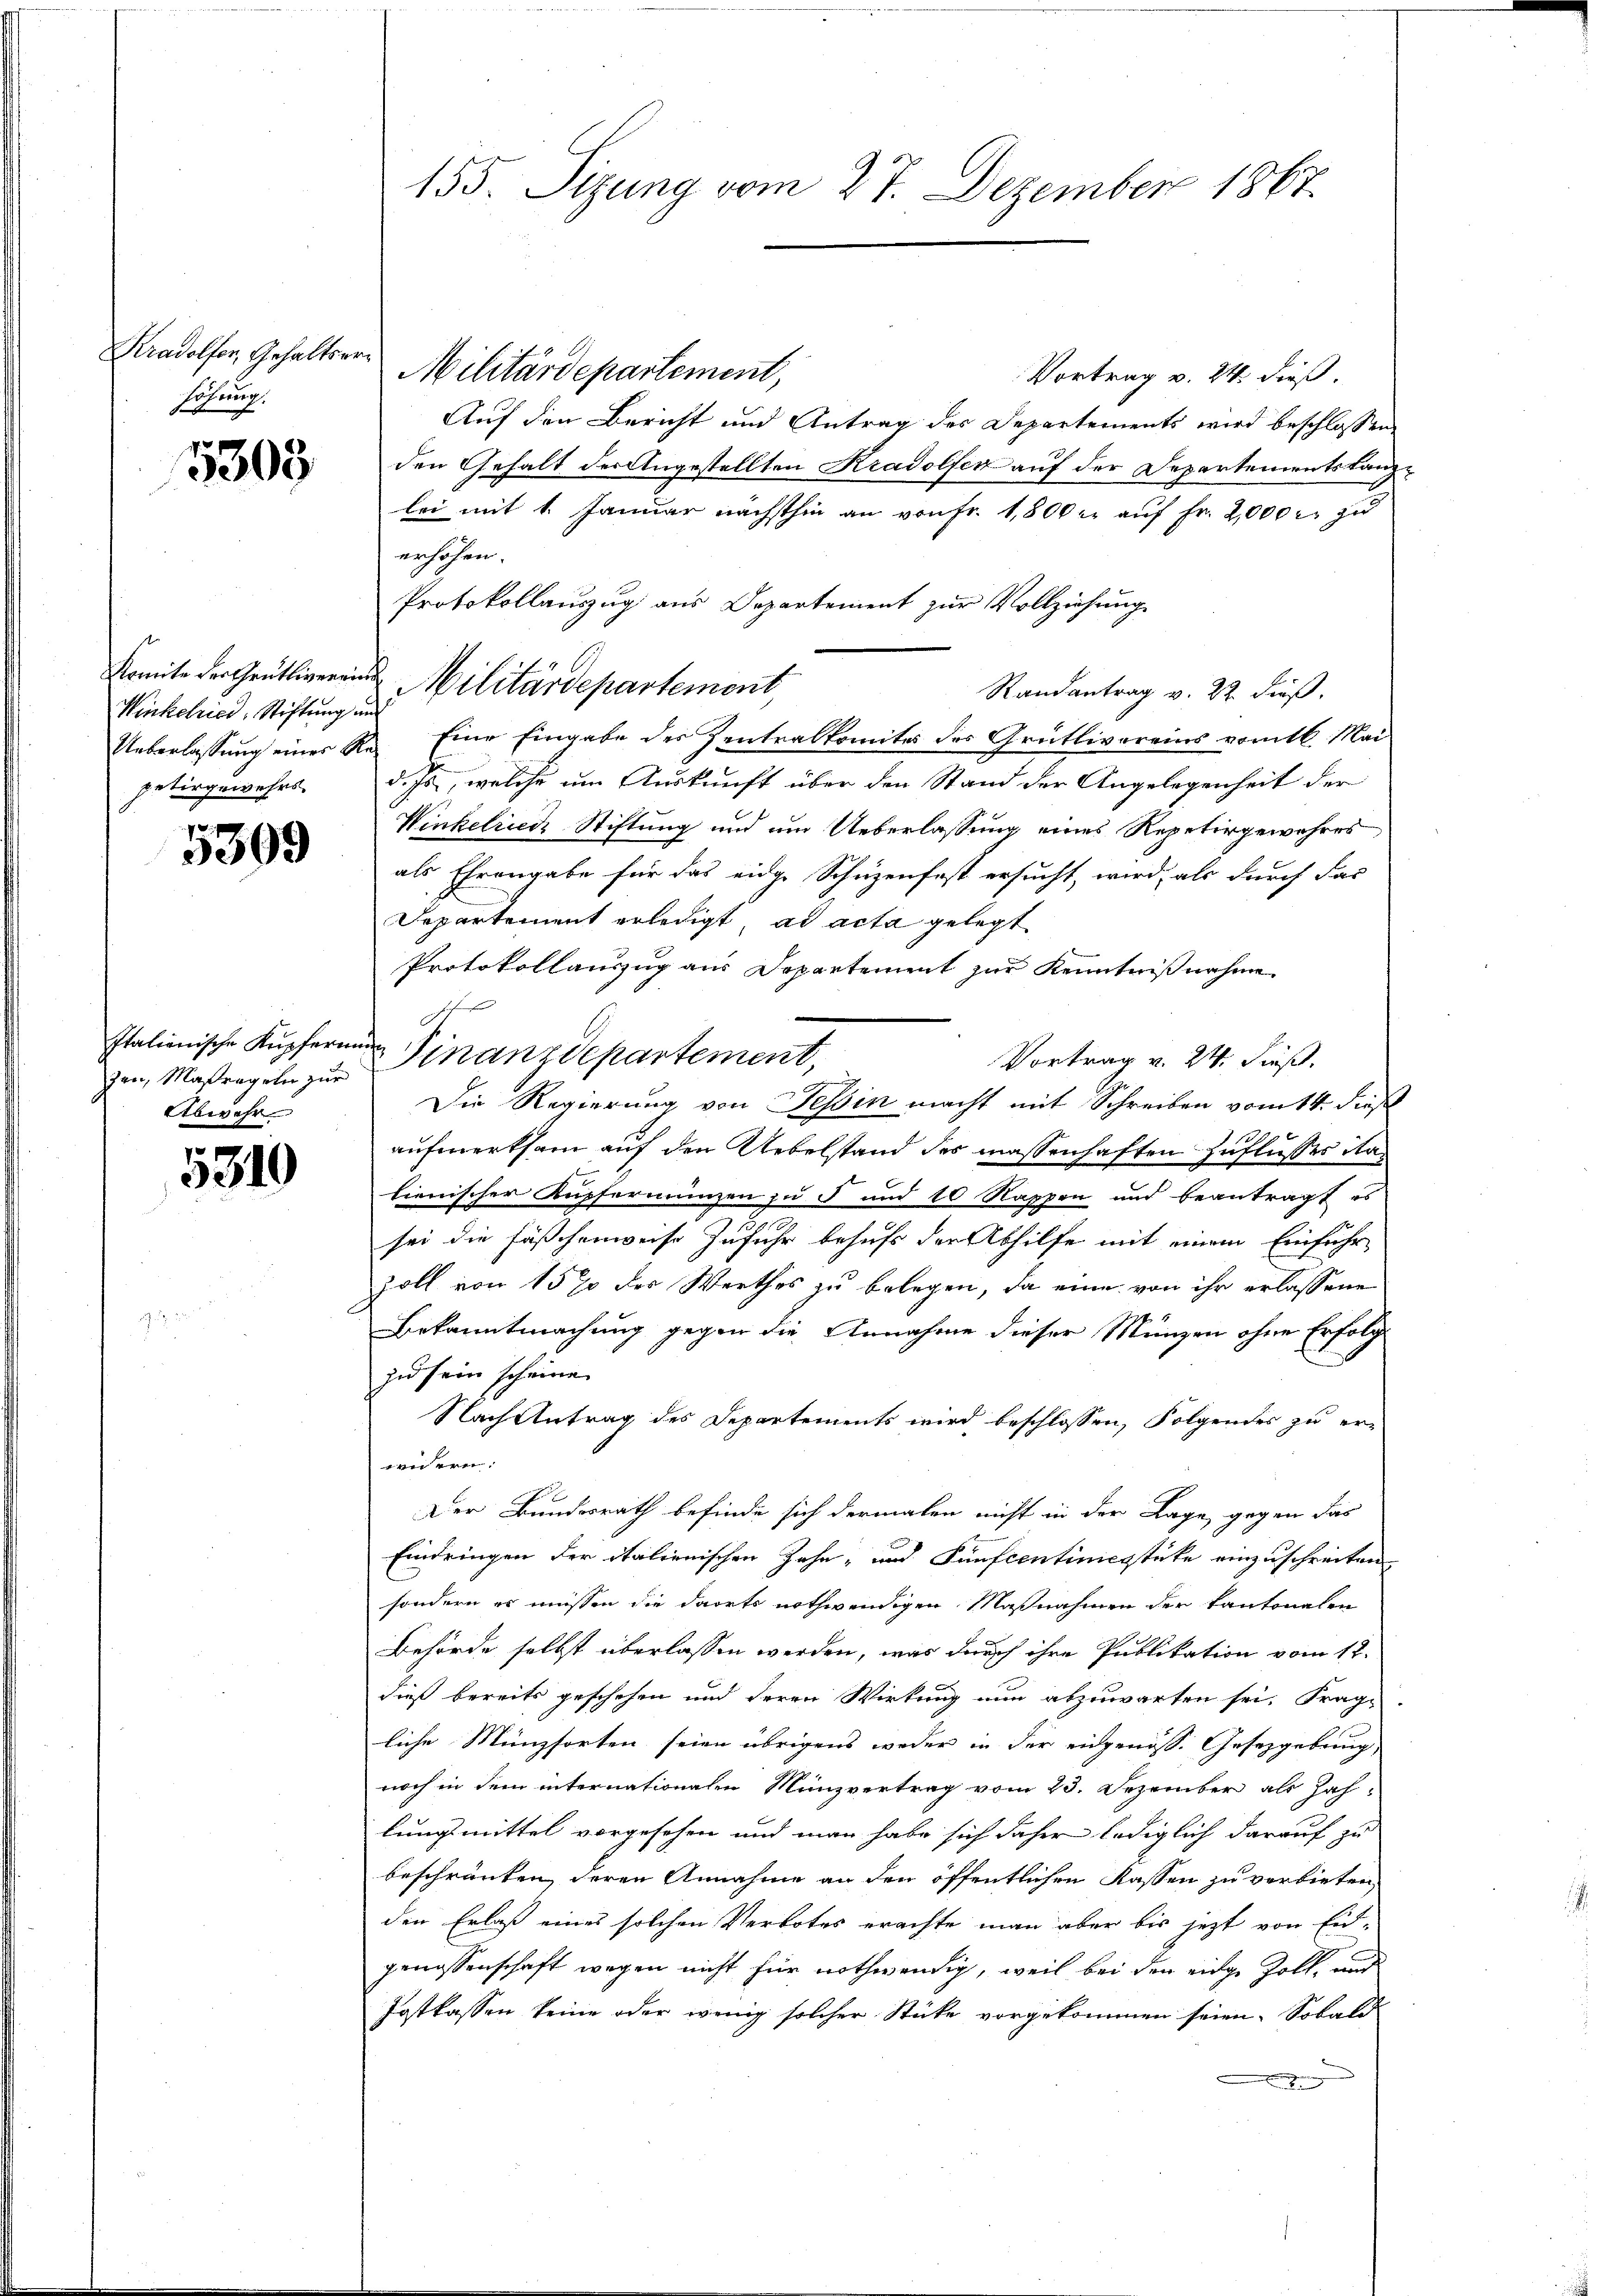
Kradolfen, Gehaltser
höhung.

5303

Winkelried, Stiftung und
petirgewehrs.

5309

zen, Maßregeln zur
Abwehr

5310

155. Sizung vom 27. Dezember 1867.

Militärdepartement,
Vortrag v. 24. dieß.
Auf den Bericht und Antrag des Departements wird beschlossen
den Gehalt der Angestellten Kradolfer auf der Departementstanzlei mit 1. Januar nächsthin an von fr. 1,800 er aŭf Fr. 2,000 r. zu
erhöhen.
Randantrag v. 22. dieß,
Ueberlassŭng eines Re- Eine Eingabe der Zentralkomites des Grütlivereins vom 16. Mai
d. Js., welche um Auskunft über den Stand der Angelegenheit der
Winkelriede Stiftung und um Ueberlassung eines Repetirgewahres
als Ehrengabe für das eidge Schüzenfest ersucht, wird, als durch das
Departement erledigt, ad acta gelegt
Protokollauszug aus Departement zur Kenntnißnahme
d
Italienische Kupferen Finanzdepartement,
Vortrag v. 24. dieß.
Die Regierung von Tessin macht mit Schreiben vom 14. dieß
aufmerksam auf den Uebelstand des massenhaften Zuflusses italienischer Kupfermünzen zu 5 und 10 Rappen und beantragt es
sei die Fäschenweise Zufuhr behufs der Abhilfe mit einem Einführ
Zoll von 15% des Werthes zu belegen, da eine von ihr erlassene
Bekanntmachung gegen die Annahme dieser Münzen ohne Erfolg
zu sein scheine
Nach Antrag des Departements wird beschlossen, Folgendes zu er-
widern.
Der Bundesrath befinde sich dermalen nicht in der Lage, gegen das
Eindringen der italienischen Zahn- und Fünfcentinienstücke einzuschreiten
sondern es müssen die dorts nothwendigen Maßnahmen der Kantonalen
Behörde selbst überlassen werden, was durch ihre Publikation vom 12.
dieß bereits geschehen und deren Wirkung nun abzuwarten sei. Frag-
liche Münzsorten seien übrigens weder in der eidgenöss. Gesetzgebung
noch in dem internationalen Münzvertrag vom 23. Dezember als Zah-
lungsmittel vorgesehen und man habe sich daher lediglich darauf zu
beschränken, deren Annahme an den öffentlichen Kassen zu verbieten,
den Erlaß eines solchen Verbotes erachte man aber bis jezt von Eid-
genossenschaft wegen nicht für nothwendig, weil bei den eidge Zoll, und
Postkassen keine oder wenig solcher Stücke vorgekommen seien. Sobald
e

Protokollauszug aus Departement zur Vollziehung
Komite der Grüthiger Militärdepartement,